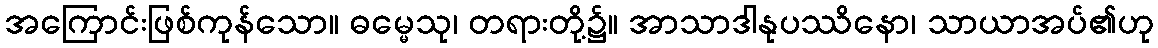
အကြောင်းဖြစ်ကုန်သော။ ဓမ္မေသု၊ တရားတို့၌။ အာသာဒါနုပဿိနော၊ သာယာအပ်၏ဟု